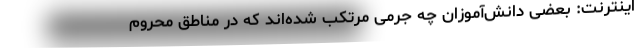
اینترنت: بعضی دانش‌آموزان چه جرمی مرتکب شده‌اند که در مناطق محروم